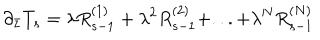
LaTeX: \partial _ { \bar { z } } T _ { s } = \lambda R _ { s - 1 } ^ { ( 1 ) } + \lambda ^ { 2 } R _ { s - 1 } ^ { ( 2 ) } + . . . + \lambda ^ { N } R _ { s - 1 } ^ { ( N ) }